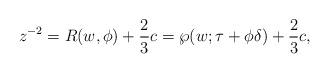
LaTeX: \begin{align*}z^{-2} = R(w,\phi) + \frac{2}{3}c = \wp(w;\tau+\phi\delta) + \frac{2}{3}c,\end{align*}